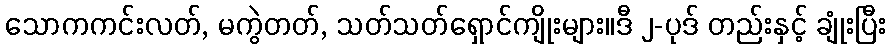
သောကကင်းလတ်, မကွဲတတ်, သတ်သတ်ရှောင်ကျိုးများ။ဒီ ၂-ပုဒ် တည်းနှင့် ချုံးပြီး